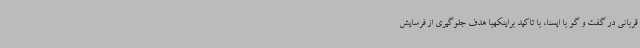
قربانی در گفت و گو با ایسنا، با تاکید براینکهبا هدف جلوگیری از فرسایش